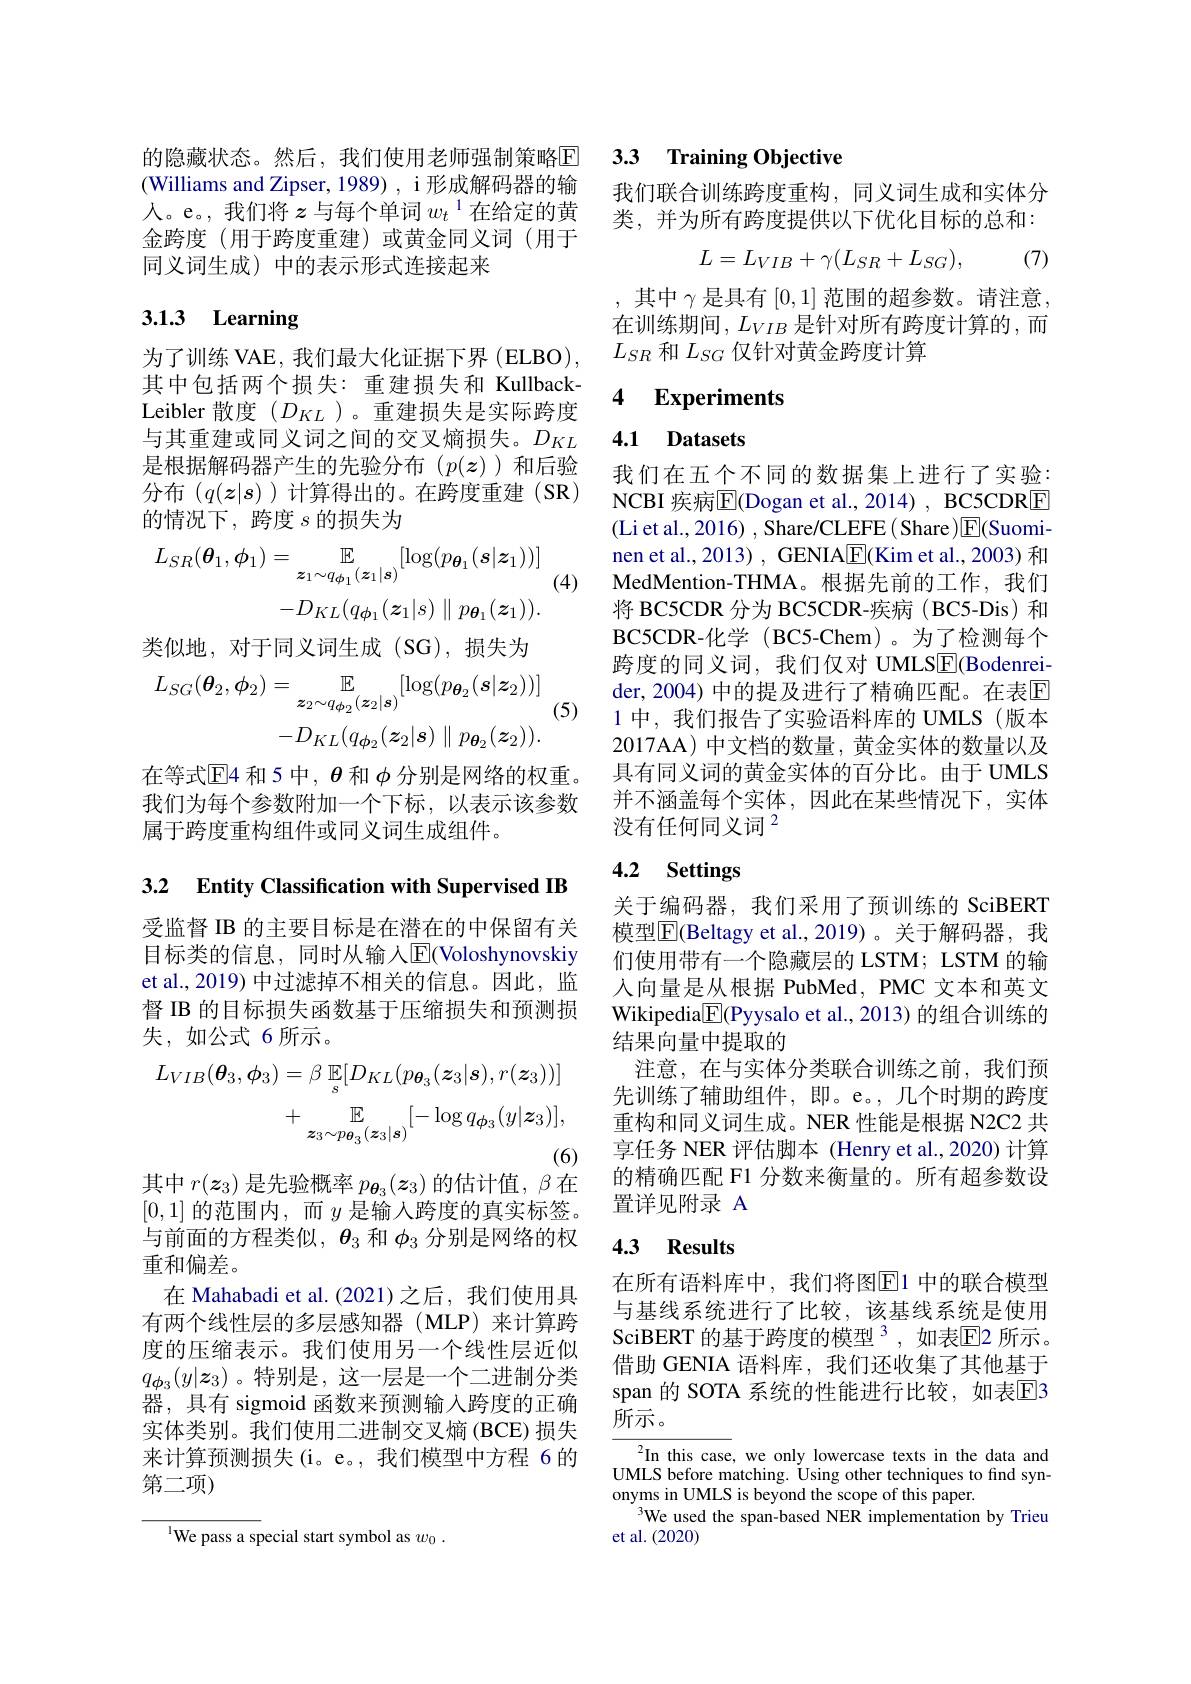
的隐藏状态。然后，我们使用老师强制策略$\overline{\mathrm{E}}$ (Williams and Zipser, 1989), i 形成解码器的输人。e。,我们将$z$与每个单词$w_t^{1}$在给定的黄金跨度 (用于跨度重建)或黄金同义词 (用于同义词生成)中的表示形式连接起来

# 3.1.3 Learning

为了训练 VAE, 我们最大化证据下界 (ELBO), 其中包括两个损失：重建损失和 KullbackLeibler 散度$(D_{KL}$ )。重建损失是实际跨度与其重建或同义词之间的交叉熵损失。$D_{KL}$ 是根据解码器产生的先验分布($p(z)$)和后验分布($q(\boldsymbol{z}|\boldsymbol{s})$)计算得出的。在跨度重建(SR) 的情况下，跨度$s$的损失为

(4)
$$\begin{aligned}L_{SR}(\boldsymbol{\theta}_{1},\boldsymbol{\phi}_{1})&=\mathbb{E}_{\boldsymbol{z}_{1}\sim q_{\boldsymbol{\phi}_{1}}(\boldsymbol{z}_{1}|\boldsymbol{s})}[\log(p_{\boldsymbol{\theta}_{1}}(\boldsymbol{s}|\boldsymbol{z}_{1}))]\\&-D_{KL}(q_{\phi_{1}}(\boldsymbol{z}_{1}|s)\parallel p_{\boldsymbol{\theta}_{1}}(\boldsymbol{z}_{1})).\end{aligned}$$
类似地，对于同义词生成(SG),损失为
$$\begin{aligned}L_{SG}(\boldsymbol{\theta}_{2},\phi_{2})&=\mathbb{E}_{\boldsymbol{z}_{2}\sim q_{\boldsymbol{\phi}_{2}}(\boldsymbol{z}_{2}|\boldsymbol{s})}[\log(p_{\boldsymbol{\theta}_{2}}(\boldsymbol{s}|\boldsymbol{z}_{2}))]\\&-D_{KL}(q_{\boldsymbol{\phi}_{2}}(\boldsymbol{z}_{2}|\boldsymbol{s})\parallel p_{\boldsymbol{\theta}_{2}}(\boldsymbol{z}_{2})).\end{aligned}$$
(5)

在等式$\Xi$4 和 5 中，$\theta$和$\phi$分别是网络的权重。我们为每个参数附加一个下标，以表示该参数属于跨度重构组件或同义词生成组件。

3.2 Entity Classification with Supervised IB

受监督 IB 的主要目标是在潜在的中保留有关目标类的信息，同时从输入$\overline{\mathrm{E}}$(Voloshynovskiy et al., 2019) 中过滤掉不相关的信息。因此，监督 IB 的目标损失函数基于压缩损失和预测损失，如公式 6 所示。
$$\begin{aligned}L_{VIB}(\boldsymbol{\theta}_{3},\phi_{3})&=\beta\:\mathbb{E}_{s}[D_{KL}(p_{\boldsymbol{\theta}_{3}}(\boldsymbol{z}_{3}|\boldsymbol{s}),r(\boldsymbol{z}_{3}))]\\&+\:\mathbb{E}_{\boldsymbol{z}_{3}\sim p_{\boldsymbol{\theta}_{3}}(\boldsymbol{z}_{3}|\boldsymbol{s})}[-\log q_{\boldsymbol{\phi}_{3}}(y|\boldsymbol{z}_{3})],\end{aligned}$$
其中$r(\boldsymbol{z}_3)$是先验概率$p_\boldsymbol{\theta}_3(\boldsymbol{z}_3)$的估计值，$\beta$在

[0,1]的范围内，而$y$是输入跨度的真实标签。与前面的方程类似，$\boldsymbol{\theta}_3$和$\phi_3$分别是网络的权重和偏差。
在 Mahabadi et al.(2021)之后，我们使用具有两个线性层的多层感知器(MLP)来计算跨度的压缩表示。我们使用另一个线性层近似$q_{\boldsymbol{\phi}_3}(y|\boldsymbol{z}_3)$ 。特别是，这一层是一个二进制分类器，具有 sigmoid 函数来预测输入跨度的正确实体类别。我们使用二进制交叉熵(BCE)损失来计算预测损失(i。e。,我们模型中方程 6 的第二项)

$^{\mathrm{l}}$We pass a special start symbol as $w_0.$

## 3.3 Training Objective

我们联合训练跨度重构，同义词生成和实体分类，并为所有跨度提供以下优化目标的总和：
$$L=L_{VIB}+\gamma(L_{SR}+L_{SG}),$$
(7)

,其中$\gamma$是具有[0,1]范围的超参数。请注意， 在训练期间，$L_VIB$是针对所有跨度计算的 ,而$L_{SR}$和$L_SG$仅针对黄金跨度计算

### 4 $\textbf{Experiments}$

## 4.1 Datasets

我们在五个不同的数据集上进行了实验： NCBI 疾病$\overline{\mathrm{E}}($Dogan et al.,2014) , BC5CDRE (Li et al., 2016) , Share/CLEFE( Share)$\boxed{\mathrm{E}}($Suominen et al., 2013) , GENIA$\underline{\mathrm{E}}$(Kim et al., 2003) 和MedMention- THMA。根 据 先 前 的 工 作 , 我 们 将 BC5CDR 分为 BC5CDR-疾病( BC5-Dis) 和BC5CDR-化学( BC5-Chem)。为了检测每个跨度的同义词，我们仅对 UMLSE(Bodenreider, 2004) 中的提及进行了精确匹配。在表$\mathbb{E}$ 1 中，我们报告了实验语料库的 UMLS (版本2017AA) 中文档的数量，黄金实体的数量以及具有同义词的黄金实体的百分比。由于 UMLS 并不涵盖每个实体，因此在某些情况下，实体没有任何同义词$^2$

# 4.2 Settings

关于编码器，我们采用了预训练的 SciBERT 模型$\overline{\mathbb{E}}($Beltagy et al.,2019)。关于解码器，我们使用带有一个隐藏层的 LSTM; LSTM 的输入向量是从根据 PubMed, PMC 文本和英文Wikipedia$\boxed{\mathbb{F}}$(Pyysalo et al., 2013) 的组合训练的结果向量中提取的
注意，在与实体分类联合训练之前，我们预先训练了辅助组件，即。e。,几个时期的跨度重构和同义词生成。NER 性能是根据 N2C2 共享任务 NER 评估脚本 (Henry et al.,2020) 计算的精确匹配 F1 分数来衡量的。所有超参数设置详见附录 A

## 4.3 Results

在所有语料库中，我们将图$\overline{\mathrm{E}}$1 中的联合模型与基线系统进行了比较，该基线系统是使用SciBERT 的基于跨度的模型 $^{3}$, 如表$\mathbb{E}$2 所示。借助 GENIA 语料库，我们还收集了其他基于span 的 SOTA 系统的性能进行比较，如表$\overline{\mathrm{E}}$3所示。

${\frac{2}{\mathrm{In~this~case}},\mathrm{~we~only~lowercase~texts~in~the~data~and}}$ UMLS before matching. Úsing other techniques to find synonyms in UMLS is beyond the scope of this paper.
3We used the span-based NER implementation by Trieu
et al.(2020)